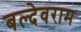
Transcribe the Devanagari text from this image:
बल्देवराम